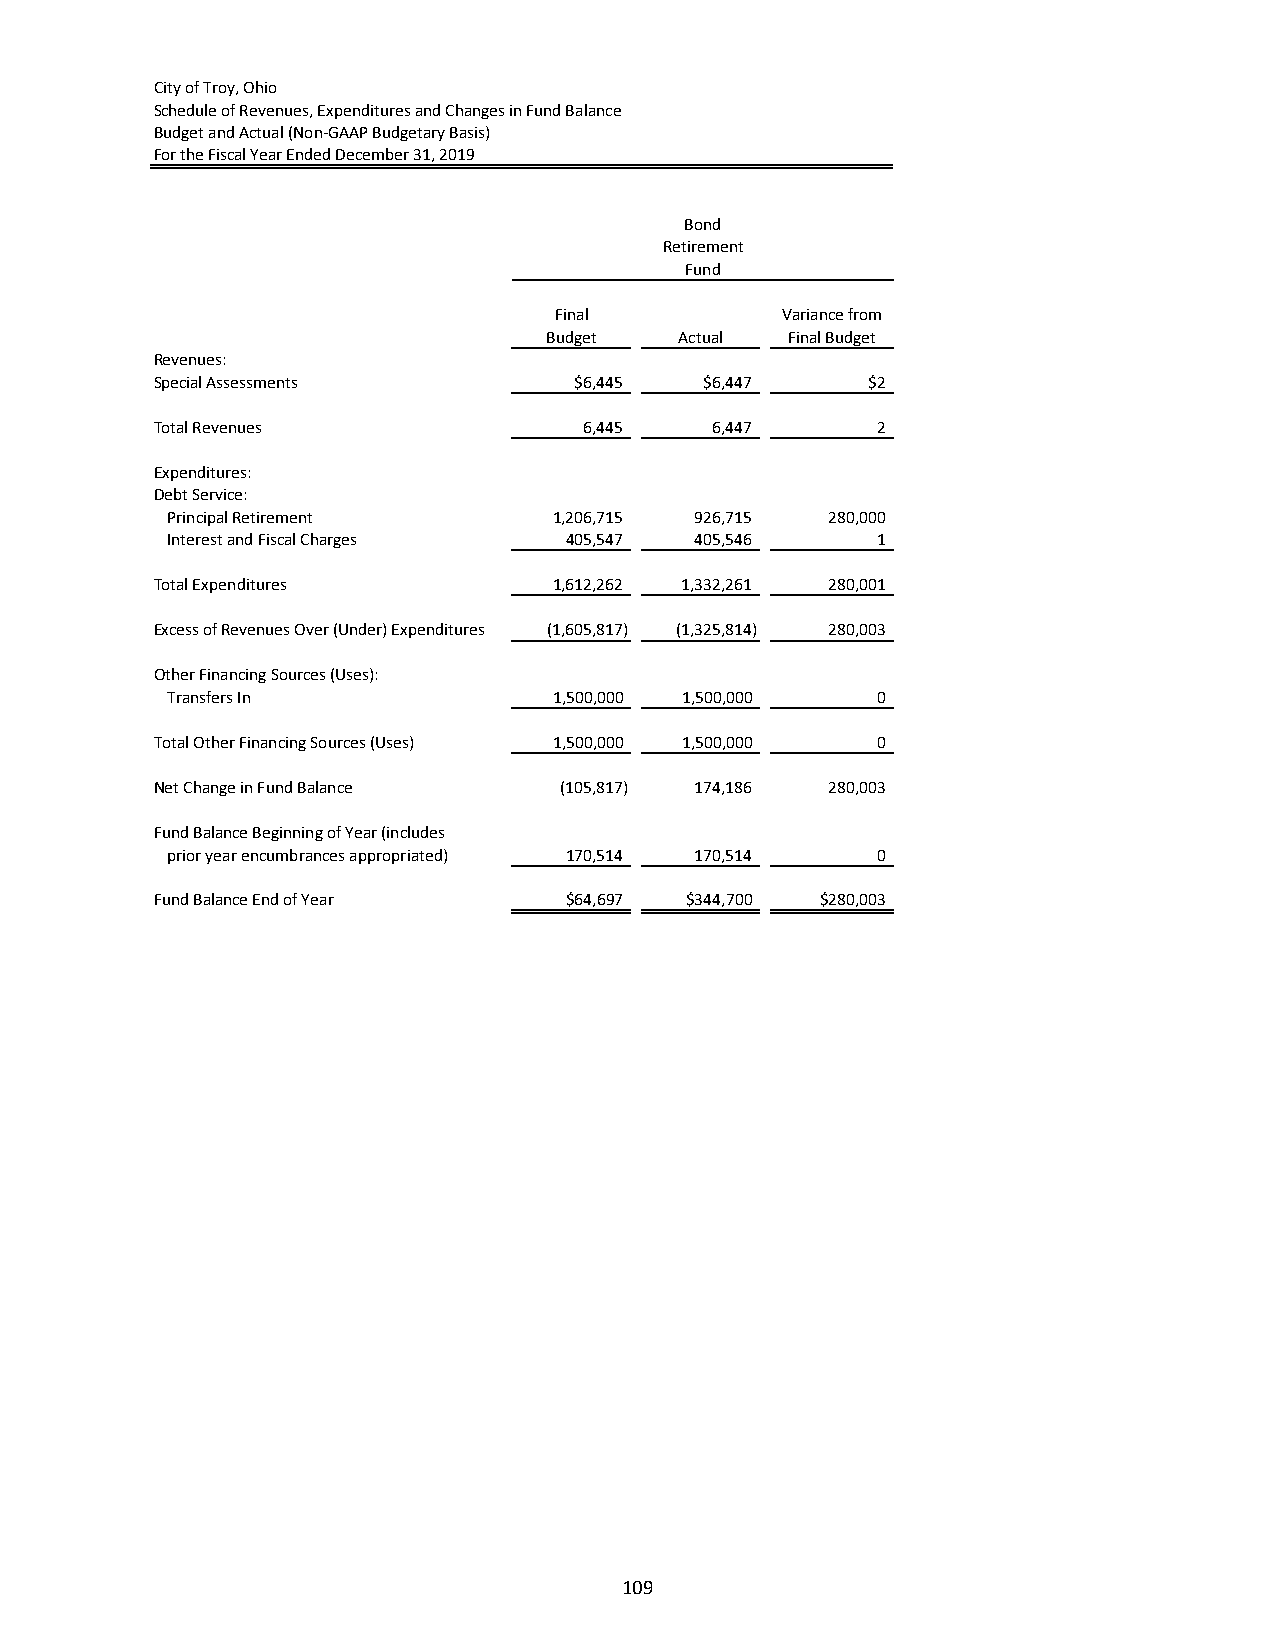
City of Troy, Ohio
 Schedule of Revenues, Expenditures and Changes in Fund Balance
 Budget and Actual (Non‐GAAP Budgetary Basis)
 For the Fiscal Year Ended December 31, 2019
 Bond
 Retirement
 Fund
 Final          Variance from
 Budget   Actual Final Budget
 Revenues:
 Special Assessments         $6,445   $6,447    $2
 Total Revenues               6,445   6,447      2
 Expenditures:
 Debt Service:
 Principal Retirement      1,206,715 926,715 280,000
 Interest and Fiscal Charges 405,547 405,546    1
 Total Expenditures         1,612,262 1,332,261 280,001
 Excess of Revenues Over (Under) Expenditures (1,605,817) (1,325,814) 280,003
 Other Financing Sources (Uses):
 Transfers In              1,500,000 1,500,000  0
 Total Other Financing Sources (Uses) 1,500,000 1,500,000 0
 Net Change in Fund Balance (105,817) 174,186 280,003
 Fund Balance Beginning of Year (includes
 prior year encumbrances appropriated) 170,514 170,514 0
 Fund Balance End of Year   $64,697 $344,700 $280,003
 109